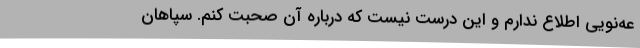
عه‌نویی اطلاع ندارم و این درست نیست که درباره آن صحبت کنم. سپاهان